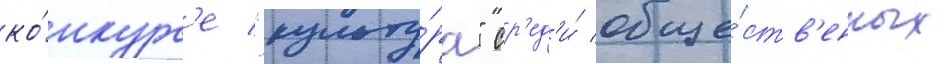
ко́нкурс'е "культу́ра" ср'ед'и́ обще́ств'енных